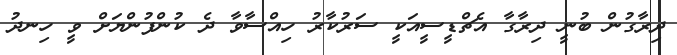
ދިރާގުން ބުނީ ދިރާގާ އެޗްޑީސީއަކީ ސަރުކާރު ހިއްސާވާ ދެ ކުންފުންޔަށް ވީ ހިނދު